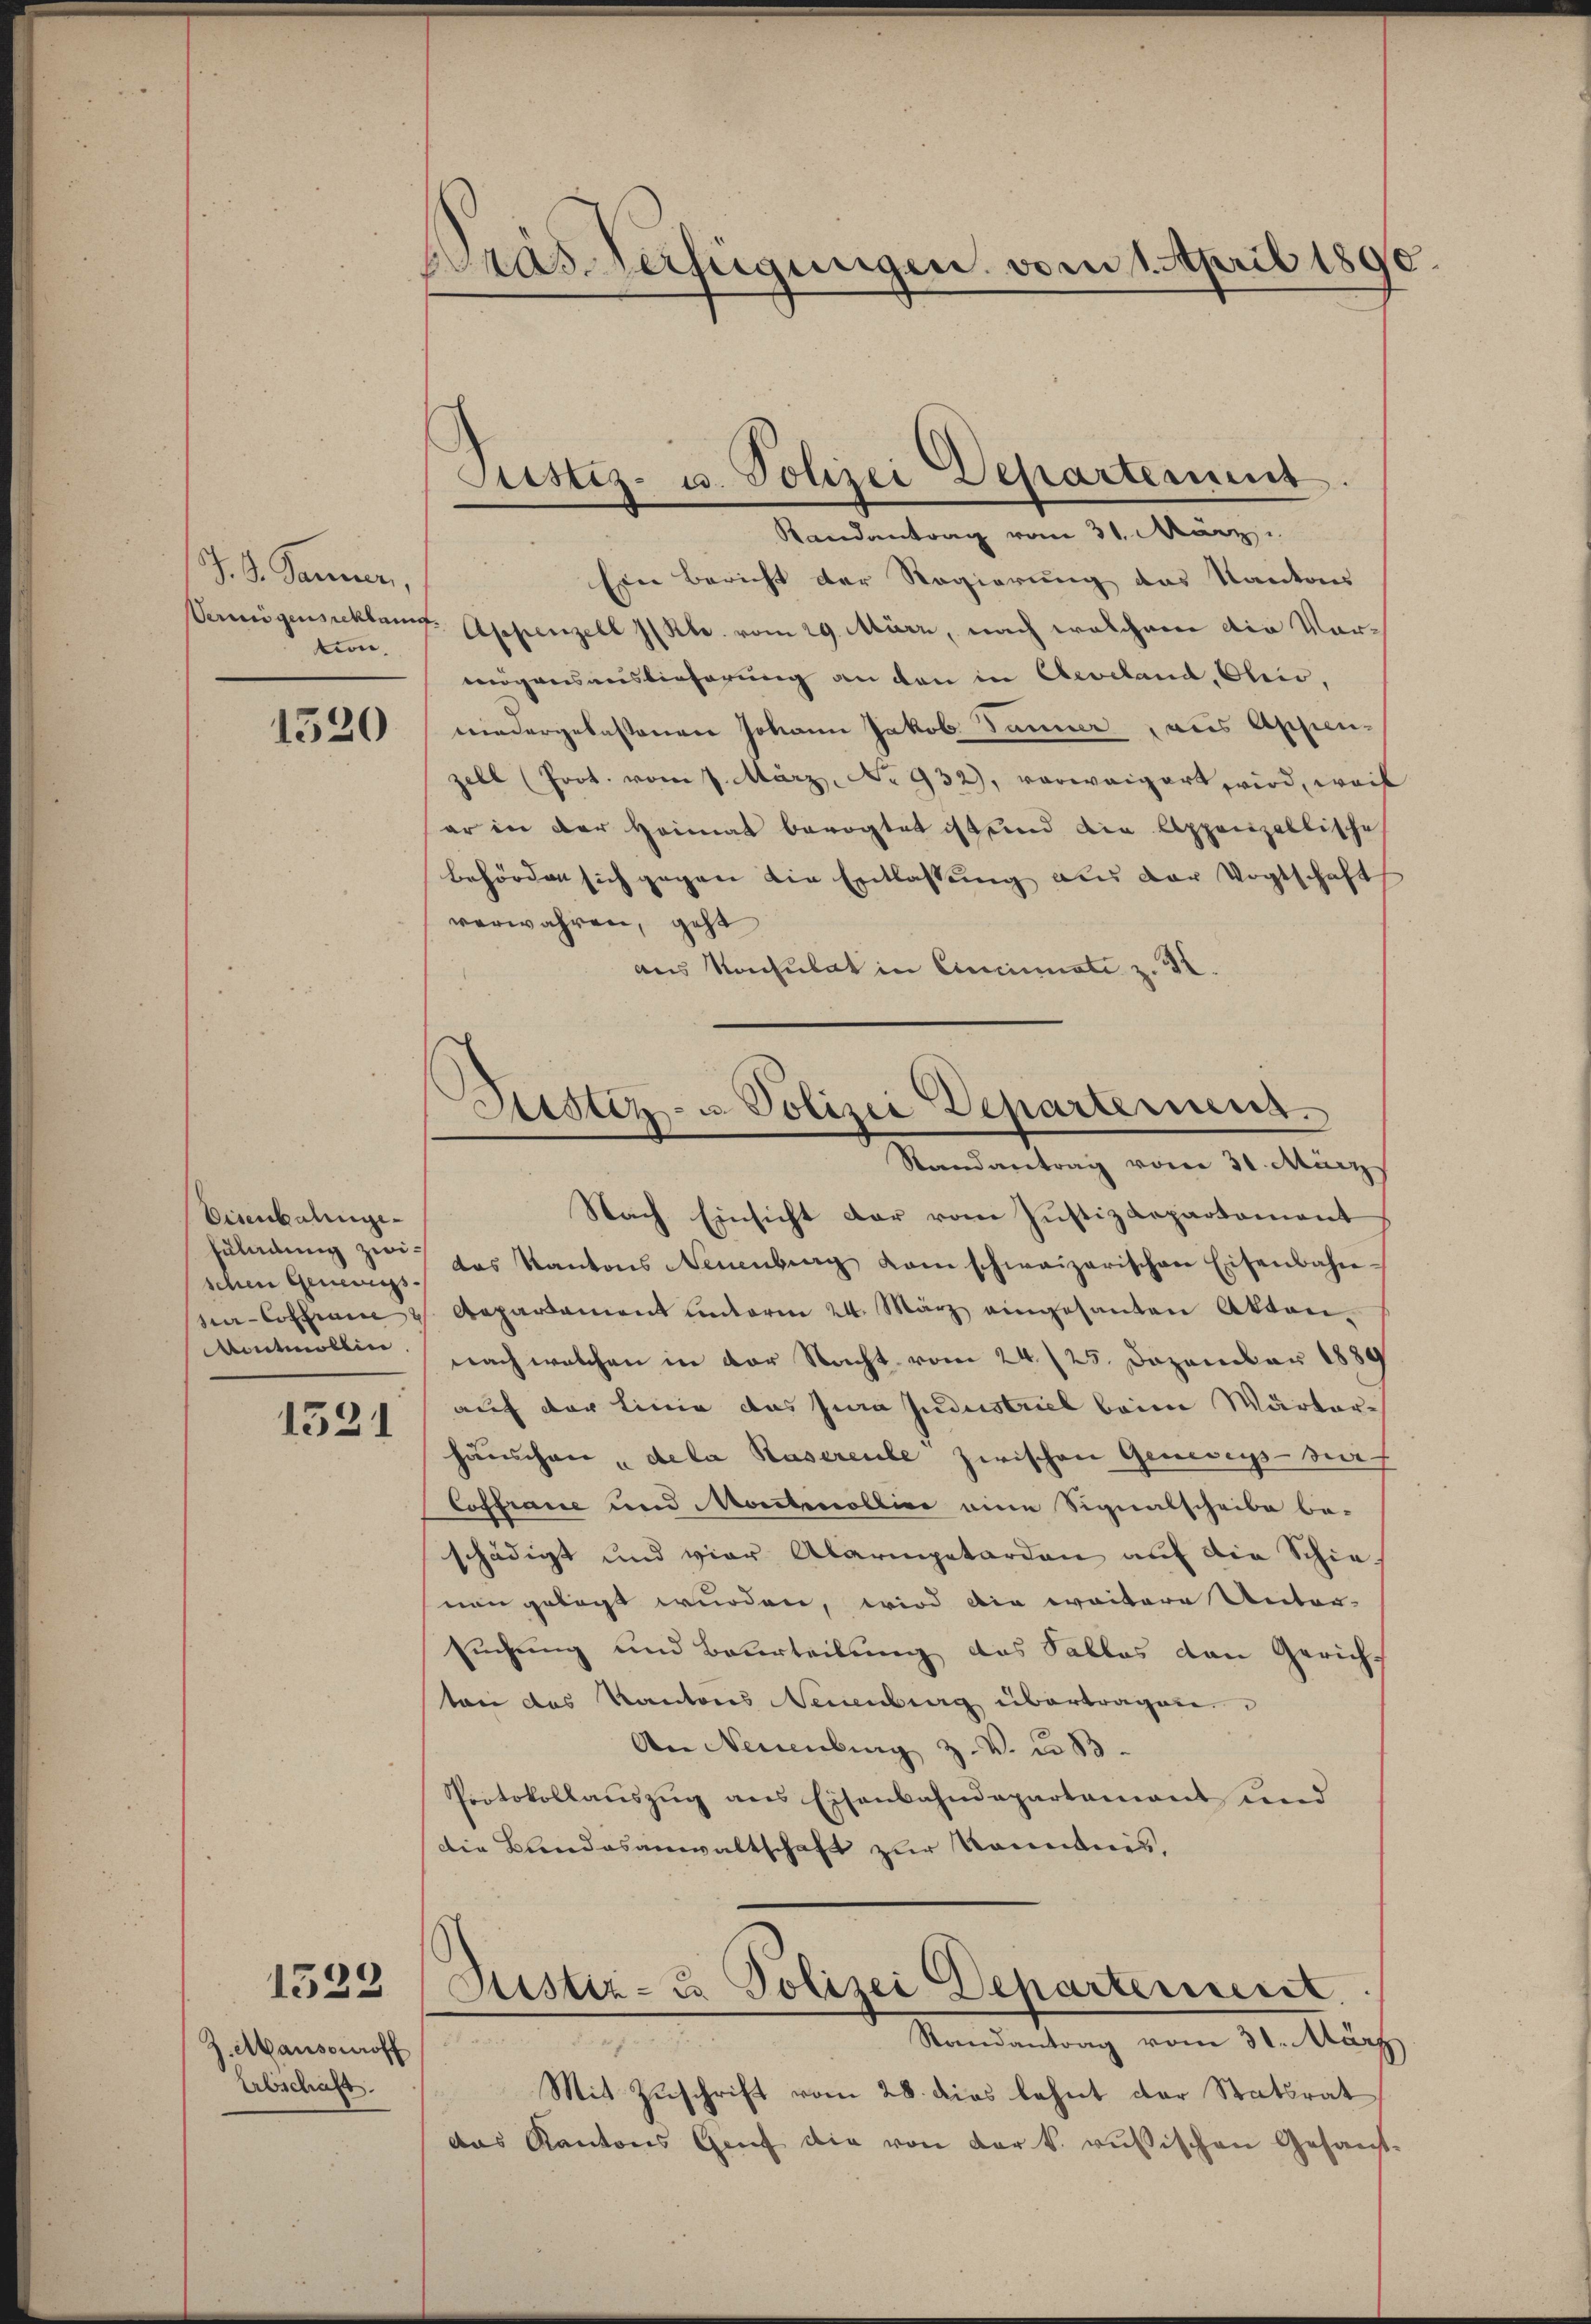
J. G. Sanen,
Vermögensteckten
tion,

1520

Eisenbahnge
zuladung zwischen Generings
na-Contrai
Antmollen

1521

1529

Z. Mansouroff
Abschaft.

pras Verfügungen vom 1. April 1890.

Justiz- u. Polizei Departement
Randantrag vom 31. März.

Sistiz- u. Polizei Departement.
Randantrag vom 31. März

Eine Bericht der Regierung das Kantons
Appenzell I/Rh. vom 29. März, nach welchem die Vormögensauslieferung an den in Accland, Ohio,
wiedergelastenen Johann Jakob Jänner, aus Appen-
zell (Joot. vom 1. März. No. 932), vorweigert wird, weil
er in der Heimat bevogtet ist und die Appenzellische
behörden sich gegen die Entlassung aus der Vogtschaft
verwahren, geht
aus Konsulat in Cincinati z. 32.
Nach Einsicht der vom Justizdepartement
das Kantons Neuenburg kam schweizerischen Eisenbahn-
Aepartement unterm 24. März eingesandten Akten.
nach welchen in der Nacht vom 24./25. Dezember 1889
auf der Linie das Jura Jndustriel beim Wärterhäuschen „dela Kaserente zwischen Geneings- u
Coffraue und Montmollier eine Signalscheibe be-
schädigt und vier Alaripetarden auf die Schienen gelegt wurden, wird die weitere Unter-
suchung und Beurteilung das Salles den Gericht
toni das Kantons Neuenburg übertragen.
An Neuenburg z. V. d. 13.
Protokollauszug aus Eisenbahndepartement und
die Bundesanwaltschaft zur Kenntnis.
Justiz- u. Polizei Departennert.

Randantrag vom 31. März
Mit Zuschrift vom 28. dies lehnt der Statsrat
das Kantons Genf die von der k. rusischen Gesant